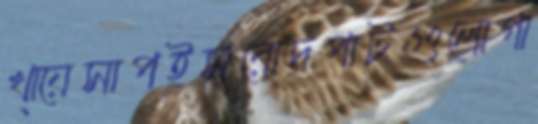
খা্য়েসাপইসরোদপাটগুলোগা